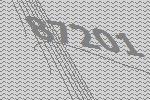
87201